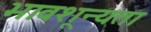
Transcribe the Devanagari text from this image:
भावशून्यता